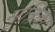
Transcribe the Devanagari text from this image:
मृत्रिका